Scottish Leaving Certificate Examination, 1956
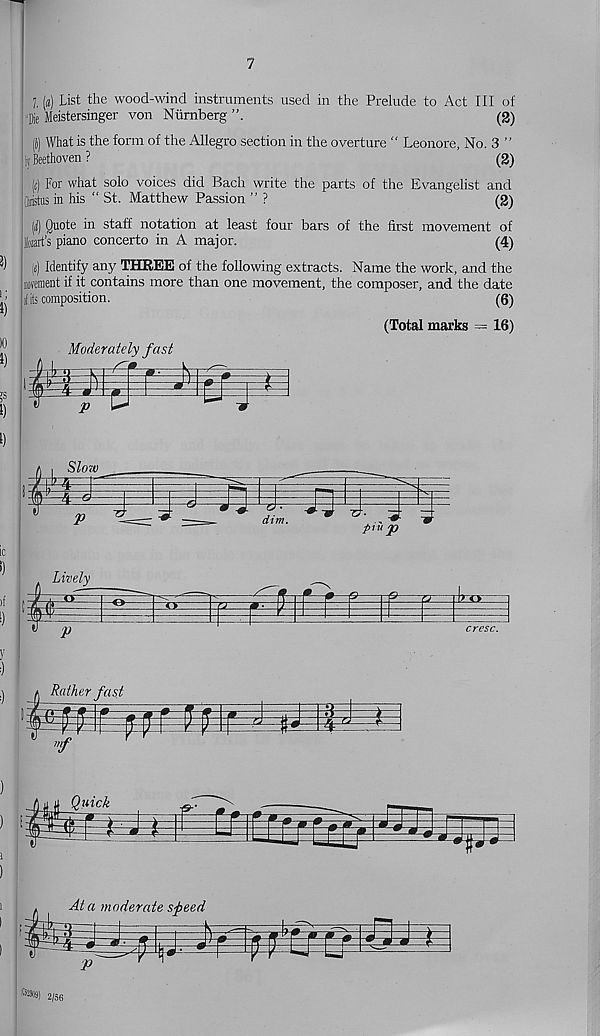
7
3)
i;
5)
)0
5)
?
i)
i)
l («) List the wood-wind instruments used in the Prelude to Act III of
‘Die Meistersinger von Niirnberg
(2)
(J) What is the form of the Allegro section in the overture “ Leonore, No. 3 ”
I, Beethoven?
(2)
( c ) For what solo voices did Bach write the parts of the Evangelist and
(iiistus in his “ St. Matthew Passion ” ?
(2)
(ii) Quote in staff notation at least four bars of the first movement of
lozart’s piano concerto in A major.
(4)
!«) Identify any THREE of the following extracts. Name the work, and the
iwement if it contains more than one movement, the composer, and the date
( 1 its composition.
(6)
(Total marks = 16)
Slorv
IP' 4. <3-
i
p
Lively
dim.
p m JO
IP~
i
V— 11>
<»
<>
-n - -u
P
Rather fast
•f